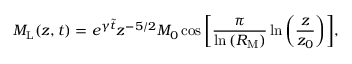
M _ { \mathrm { L } } ( z , t ) = e ^ { \gamma \tilde { t } } z ^ { - 5 / 2 } M _ { 0 } \cos { \bigg [ \frac { \pi } { \ln { ( R _ { \mathrm { M } } ) } } \ln { \bigg ( \frac { z } { z _ { 0 } } \bigg ) } \bigg ] } ,